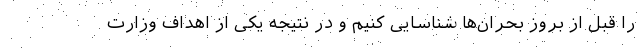
را قبل از بروز بحران‌ها شناسایی کنیم و در نتیجه یکی از اهداف وزارت